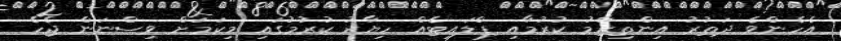
އެހެންވެ ދަތުރު އިންތިޒާމު ކުރުމާއި ޕްލައިޓެއް ހިޔާރު ކުރުމުގައި މިކަމަށް ވިސްނަން ޖެހެ